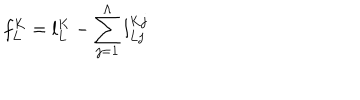
f _ { L } ^ { K } = l _ { L } ^ { K } - \sum _ { j = 1 } ^ { \Lambda } l _ { L j } ^ { K j }